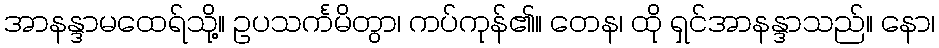
အာနန္ဒာမထေရ်သို့။ ဥပသင်္ကမိတွာ၊ ကပ်ကုန်၏။ တေန၊ ထို ရှင်အာနန္ဒာသည်။ နော၊